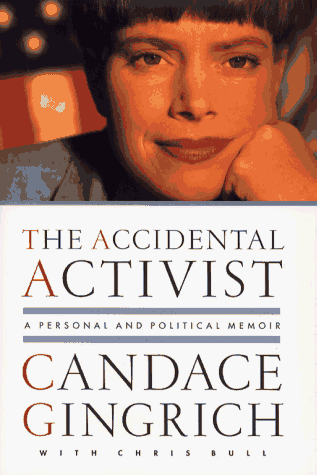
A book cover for The ACCIDENTAL ACTIVIST: A Personal and Political Memoir; Candace Gingrich; Gay & Lesbian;